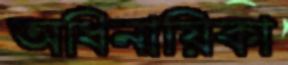
অধিনায়িকা